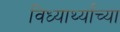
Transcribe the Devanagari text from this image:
विध्यार्थ्यांच्या